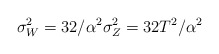
\begin{align*} \sigma_W^2 = 32/\alpha^2 \sigma_Z^2 = 32T^2/\alpha^2\end{align*}